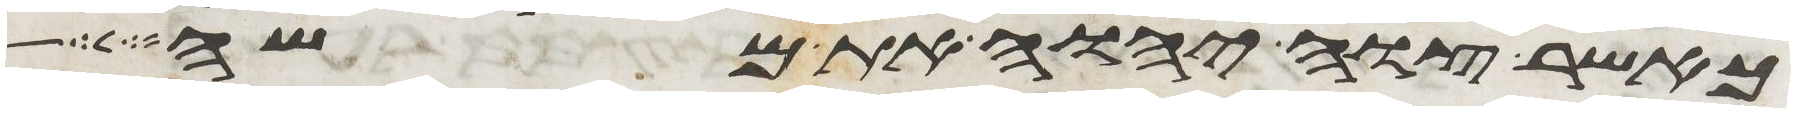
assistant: כאשר צוה יהוה את משה